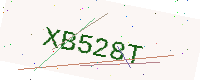
Text: XB528T